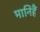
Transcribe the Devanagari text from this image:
मानिहैं